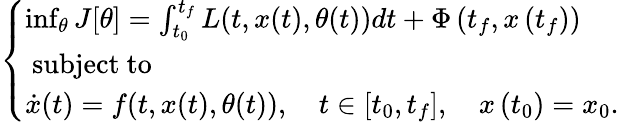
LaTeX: \left\{ \begin{array}{l}{\operatorname*{inf}_{\theta}J[\theta]=\int_{t_{0}}^{t_{f}}L(t,x(t),\theta(t))dt+\Phi\left(t_{f},x\left(t_{f}\right)\right)}\\ {\mathrm{~subject~to~}}\\ {\dot{x}(t)=f(t,x(t),\theta(t)),\quad t\in\left[t_{0},t_{f}\right],\quad x\left(t_{0}\right)=x_{0}.}\end{array}\right.